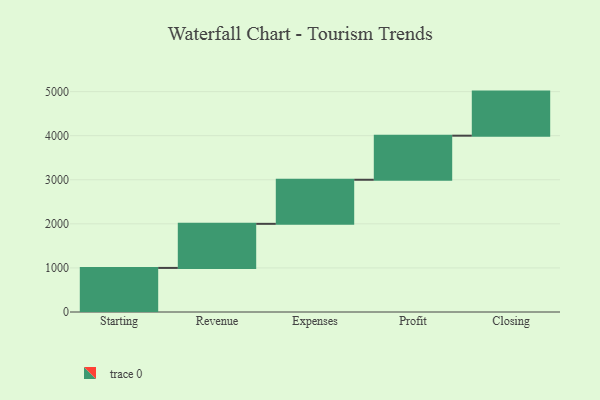
{"axis": {"x": "Step", "y": "Value"}, "legend": [""], "data": [{"x": "Starting", "y": 1000, "type": ""}, {"x": "Revenue", "y": 1000, "type": ""}, {"x": "Expenses", "y": 1000, "type": ""}, {"x": "Profit", "y": 1000, "type": ""}, {"x": "Closing", "y": 1000, "type": ""}]}